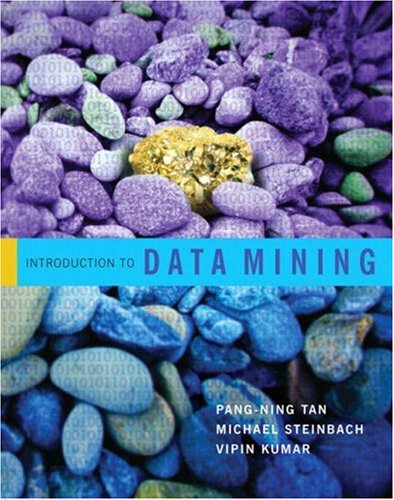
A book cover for Introduction to Data Mining; Pang-Ning Tan; Computers & Technology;